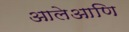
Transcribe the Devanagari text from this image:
आलेआणि